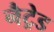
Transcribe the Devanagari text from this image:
नैट्रेड